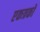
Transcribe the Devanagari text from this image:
एकत्रकों